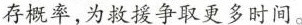
存概率，为救援争取更多时间。